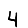
Digit: 4